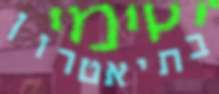
בתיאטרון